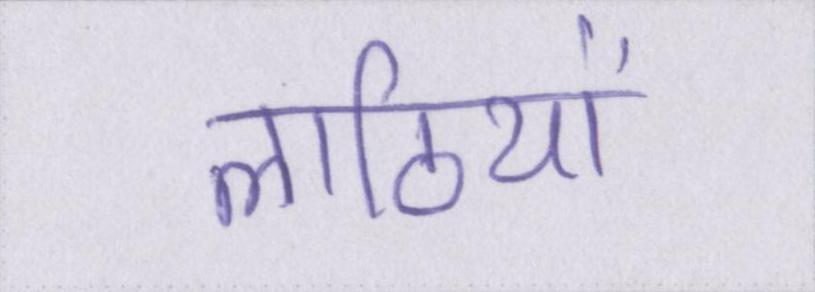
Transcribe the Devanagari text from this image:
लाठियों